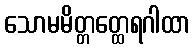
သောမမိတ္တတ္ထေရဂါထာ